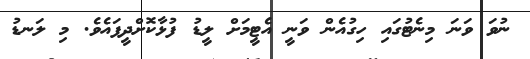
ނުވަ ވަނަ މިނެޓުގައި ހިގުއެން ވަނީ އެޓީމަށް ލީޑު ފުޅާކޮށްދީފައެވެ. މި ލަނޑު